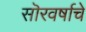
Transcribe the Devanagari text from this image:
सॊरवर्षाचे